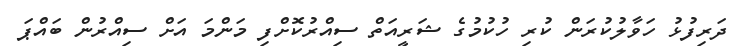
ދަރިފުޅު ހަވާލުކުރަން ކުރި ހުކުމުގެ ޝަރީއަތް ސިއްރުކޮށްފި މަންމަ އަށް ސިއްރުން ބައްޕަ